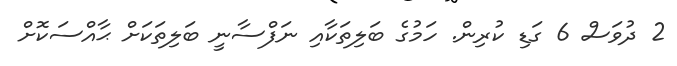
2 ދުވަސް 6 ގަޑި ކުރިން. ހަމުގެ ބަލިތަކާއި ނަފްސާނީ ބަލިތަކަށް ޙާއްސަކޮށް